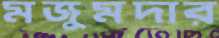
মজুমদার